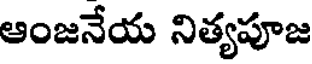
ఆంజనేయ నిత్యపూజ